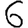
Digit: 6